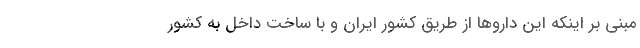
مبنی بر اینکه این داروها از طریق کشور ایران و با ساخت داخل به کشور